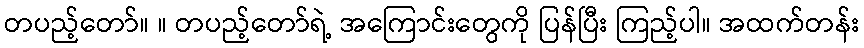
တပည့်တော်။ ။ တပည့်တော်ရဲ့ အကြောင်းတွေကို ပြန်ပြီး ကြည့်ပါ။ အထက်တန်း